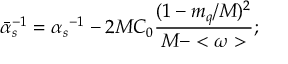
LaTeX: { { \bar { \alpha } } _ { s } } ^ { - 1 } = { \alpha _ { s } } ^ { - 1 } - { 2 M C _ { 0 } } { \frac { ( 1 - m _ { q } / M ) ^ { 2 } } { M - < \omega > } } ;